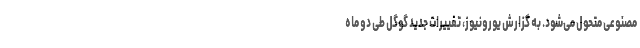
مصنوعی متحول می‌شود. به گزارش یورونیوز، تغییرات جدید گوگل طی دو ماه